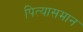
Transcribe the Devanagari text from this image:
पित्यासमान